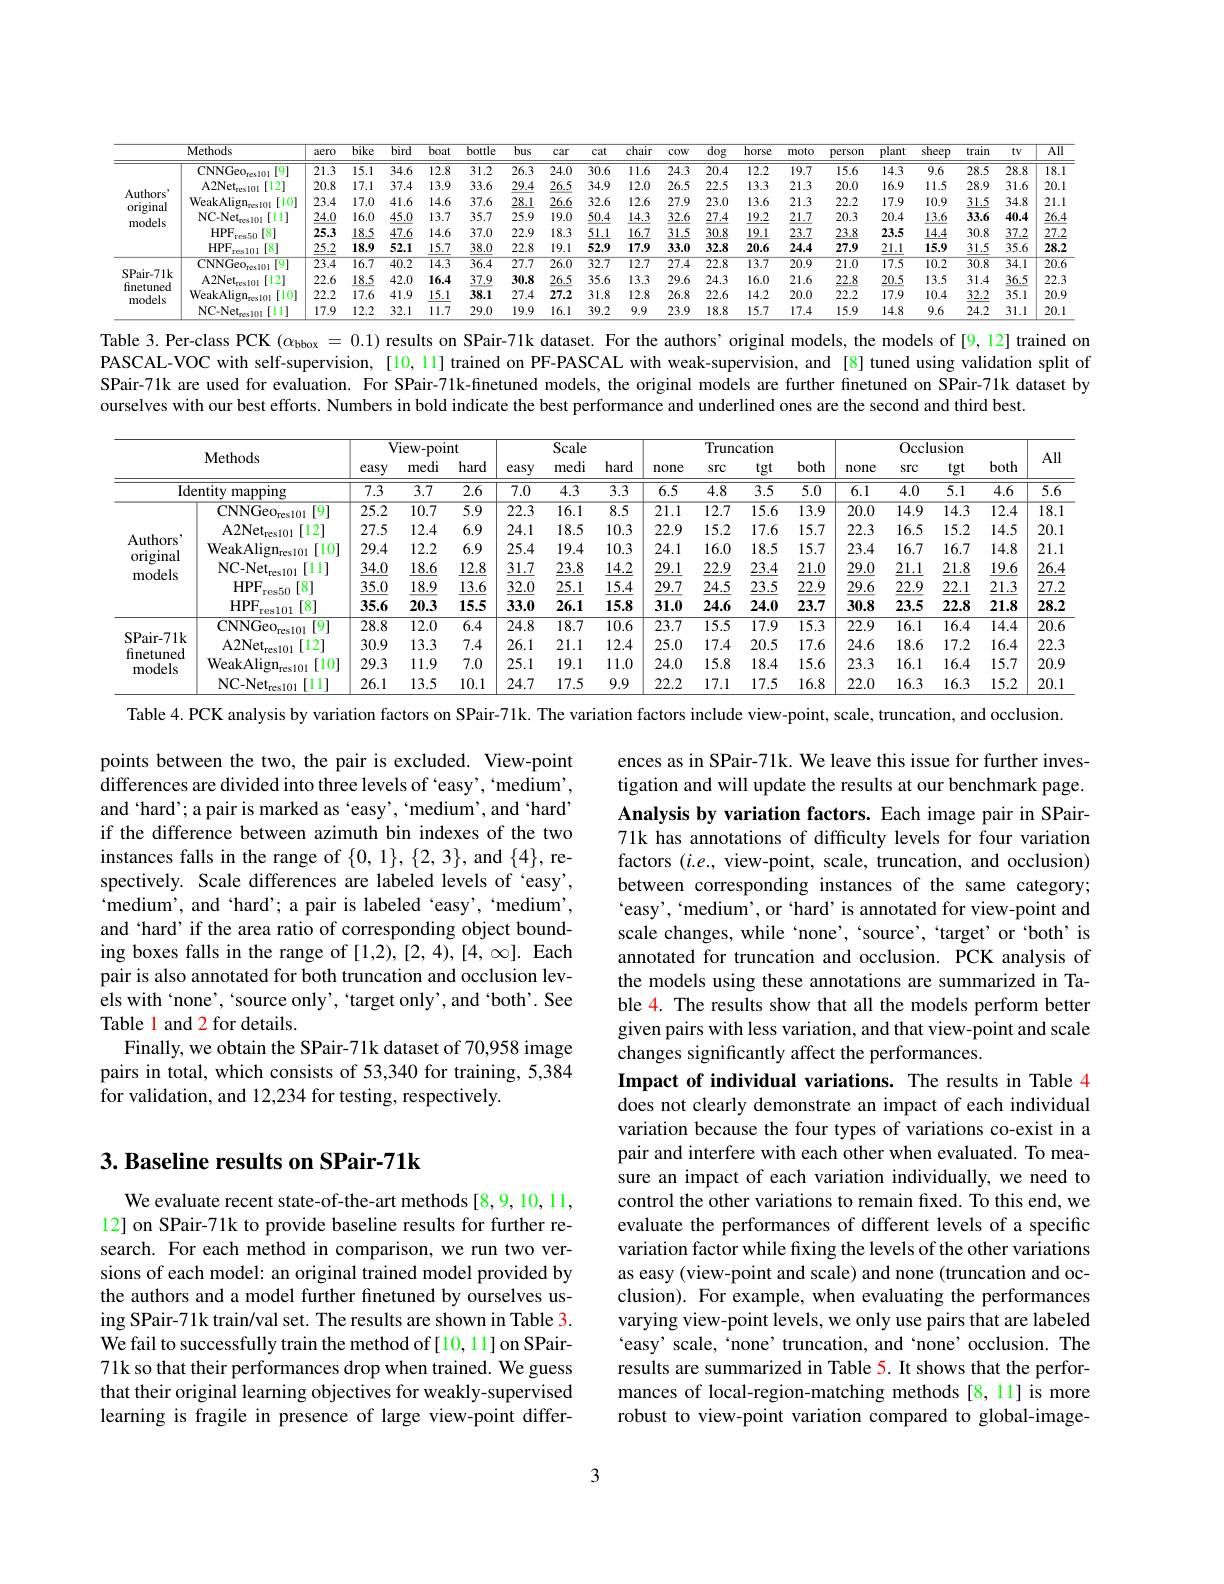
<table>
	<tbody>
		<tr>
			<th rowspan="1">Methods</th>
			<th>Methods</th>
			<th>aero</th>
			<th>$\overline{bike}$</th>
			<th>$\overline{\text{bird}}$</th>
			<th>boat $\overline{b}$</th>
			<th>$\overline{bu}$ $\overline{\mathrm{tle}}$</th>
			<th>$\overline{bus}$</th>
			<th>car</th>
			<th>cat</th>
			<th>cat</th>
			<th>$\overline{\text{chair}}$</th>
			<th>cow</th>
			<th>$\overline{\mathrm{dog}}$</th>
			<th>$\overline{\mathrm{ho}}$ $9g$</th>
			<th>yrse m</th>
			<th>$perso:$ 7</th>
			<th>plant</th>
			<th rowspan="2">shee $ıt$ 3 9.6</th>
			<th rowspan="2">train $p$ 28.5</th>
			<th>$tV$</th>
			<th>$\overline{AII}$</th>
		</tr>
		<tr>
			<th> </th>
			<th>CNNGeores [9] -111</th>
			<th>$\overline{21.3}$</th>
			<th>15.1</th>
			<th>34.6</th>
			<th>12.8</th>
			<th>.2 26.</th>
			<th>26.3</th>
			<th>24.0</th>
			<th>$\overline{30.6}$</th>
			<th>30.6</th>
			<th>11.6</th>
			<th>24.3</th>
			<th>20.4</th>
			<th>1.4 12</th>
			<th>2.2 14</th>
			<th>15.6</th>
			<th>14.3</th>
			<th>28.8</th>
			<th>$\overline{18.}$</th>
		</tr>
		<tr>
			<td> </td>
			<td>$\mathrm{A2Net}_{\mathrm{res}101}$ [12]</td>
			<td>20.8</td>
			<td>17.1</td>
			<td>37.4</td>
			<td>13.9</td>
			<td>.6 29</td>
			<td>29.4</td>
			<td>26.5</td>
			<td>34.9</td>
			<td>34.9</td>
			<td>12.0</td>
			<td>26.5</td>
			<td>22.5</td>
			<td>2..5 13</td>
			<td>3.3 2</td>
			<td>20.0</td>
			<td>16.9</td>
			<td>11.5</td>
			<td>28.9</td>
			<td>31.6</td>
			<td>20.</td>
		</tr>
		<tr>
			<td>I</td>
			<td>$\mathrm{WeakAlign}_{\mathrm{res}10\mathrm{L}}$ [10]</td>
			<td>23.4</td>
			<td>17.0</td>
			<td>41.6</td>
			<td>14.6</td>
			<td>.6 28</td>
			<td>28.1</td>
			<td>26.6</td>
			<td>32.6</td>
			<td>32.6</td>
			<td>12.6</td>
			<td>27.9</td>
			<td>23.0</td>
			<td>5.0 13</td>
			<td>3.6 2</td>
			<td>22.2</td>
			<td>17.9</td>
			<td>10.9</td>
			<td>31.5</td>
			<td>34.8</td>
			<td>21.</td>
		</tr>
		<tr>
			<td>-</td>
			<td>NC-Net$_\mathrm{res101}$ [11]</td>
			<td>24.0</td>
			<td>16.0</td>
			<td>45.0</td>
			<td>13.7</td>
			<td>.7 25.</td>
			<td>25.9</td>
			<td>19.0</td>
			<td>50.4</td>
			<td>50.4</td>
			<td>14.3</td>
			<td>32.6</td>
			<td>27.4</td>
			<td>$'.4$ 19</td>
			<td>9.2 2</td>
			<td>20.3</td>
			<td>20.4</td>
			<td>13.6</td>
			<td>33.6</td>
			<td>40.4</td>
			<td>26. 1</td>
		</tr>
		<tr>
			<td>THUUCA</td>
			<td>$HPF$ $r_{48}5m$</td>
			<td>25.3</td>
			<td>18.5</td>
			<td>47.6</td>
			<td>14.6</td>
			<td>22 .0</td>
			<td>22.9</td>
			<td>18.3</td>
			<td>51.1</td>
			<td>51.1</td>
			<td>16.7</td>
			<td>31.5</td>
			<td>30.8</td>
			<td>$\underline{1.8}$ 19</td>
			<td>2. 9.1</td>
			<td>23.8</td>
			<td>23.5</td>
			<td>14.4</td>
			<td>30.8</td>
			<td>37.2</td>
			<td>27..</td>
		</tr>
		<tr>
			<td> </td>
			<td>$HPF.$ [8] res101</td>
			<td>25.2</td>
			<td>18.9</td>
			<td>52.1</td>
			<td>15.7</td>
			<td>.0 22</td>
			<td>22.8</td>
			<td>19.1</td>
			<td>52.9</td>
			<td>52.9</td>
			<td>179</td>
			<td>33.0</td>
			<td>32.8</td>
			<td>2.8 20</td>
			<td>0.6 $2\mu$</td>
			<td>27.9</td>
			<td>21.1</td>
			<td>15.9</td>
			<td>31.5</td>
			<td>35.6</td>
			<td>28.2 </td>
		</tr>
		<tr>
			<td rowspan="4">SPair-71k finetuned models</td>
			<td>${\mathrm{CNNGeo}}_{\mathrm{res}101}$ [9]</td>
			<td>$\overline{23.4}$</td>
			<td>$\overline{16.7}$</td>
			<td>$\overline{40.2}$</td>
			<td>$\overline{14.3}$</td>
			<td>$.\overline{4}$ 27.</td>
			<td>27.7</td>
			<td>$\overline{26.0}$</td>
			<td>$\overline{32.7}$</td>
			<td>$\overline{32.7}$</td>
			<td>12.7</td>
			<td>$\overline{27.4}$</td>
			<td>22.8</td>
			<td>2.8 $\overline{13}$</td>
			<td>$\overline{3.7}$ $\overline{2(}$</td>
			<td>21.0</td>
			<td>$\overline{17.5}$</td>
			<td>$\overline{10.2}$</td>
			<td>$\overline{30.8}$</td>
			<td>$\overline{34.1}$</td>
			<td>$\overline{20.\epsilon}$</td>
		</tr>
		<tr>
			<td>A2Net$_\mathrm{resl0l}$ [12]</td>
			<td>22.6</td>
			<td>$\underline{18.5}$</td>
			<td>42.0</td>
			<td>16.4</td>
			<td>$\underline{9}$ 30.</td>
			<td>30.8</td>
			<td>$\underline{26.5}$</td>
			<td>35.6</td>
			<td>35.6</td>
			<td>13.3</td>
			<td>29.6</td>
			<td>24.3</td>
			<td>1.3 16</td>
			<td>6.0 2</td>
			<td>22.8</td>
			<td>$\underline{20.5}$</td>
			<td>13.5</td>
			<td>31.4</td>
			<td>$\underline{36.5}$</td>
			<td>22.</td>
		</tr>
		<tr>
			<td>WeakAlign$_\mathrm{res}$l01 [10]</td>
			<td>22.2</td>
			<td>17.6</td>
			<td>41.9</td>
			<td>15.1</td>
			<td>.1 27</td>
			<td>27.4</td>
			<td>27.2</td>
			<td>31.8</td>
			<td>31.8</td>
			<td>12.8</td>
			<td>26.8</td>
			<td>22.6</td>
			<td>2.6 14</td>
			<td>4.2 2(</td>
			<td>22.2</td>
			<td>17.9</td>
			<td>10.4</td>
			<td>32.2</td>
			<td>35.1</td>
			<td>20.</td>
		</tr>
		<tr>
			<td>NC-Net$_\mathrm{res101}$ 1[11]</td>
			<td>17.9</td>
			<td>12.2</td>
			<td>32.1</td>
			<td>11.7</td>
			<td>.0 19</td>
			<td>19.9</td>
			<td>16.1</td>
			<td>39.2</td>
			<td>39.2</td>
			<td>9.9</td>
			<td>23.9</td>
			<td>18.8</td>
			<td>3.8 15</td>
			<td>5.7 $1^{\prime}.$</td>
			<td>15.9</td>
			<td>14.8</td>
			<td>9.6</td>
			<td>24.2</td>
			<td>31.1</td>
			<td>20.</td>
		</tr>
	</tbody>
</table>

Table 3. Per-class PCK $(\alpha_{\mathrm{bbox}}=0.1)$ results on SPair-71k dataset. For the authors'original models, the models of [9,12] trained on PASCAL-VOC with self-supervision, [10,11] trained on PF-PASCAL with weak-supervision, and [8] tuned using validation split of SPair-71k are used for evaluation. For SPair-71k-finetuned models, the original models are further finetuned on SPair-71k dataset by ourselves with our best efforts. Numbers in bold indicate the best performance and underlined ones are the second and third best.

<table>
	<tbody>
		<tr>
			<th colspan="2"> </th>
			<th colspan="3">View- point</th>
			<th> </th>
			<th>Scale</th>
			<th> </th>
			<th colspan="4">Truncation</th>
			<th> </th>
			<th colspan="3">Occlusion</th>
			<th rowspan="2">All</th>
		</tr>
		<tr>
			<th colspan="2">Methods</th>
			<th>easy</th>
			<th>medi</th>
			<th>hard</th>
			<th>easy</th>
			<th rowspan="2">medi 4.3</th>
			<th>hard</th>
			<th>none</th>
			<th>src</th>
			<th>Src</th>
			<th>bot T</th>
			<th>none</th>
			<th>Src</th>
			<th>tgt</th>
			<th>both</th>
		</tr>
		<tr>
			<td colspan="2">Identity ${\mathrm{mapping}}$</td>
			<td>$\overline{7.3}$</td>
			<td>$\overline{3.7}$</td>
			<td>$\overline{2.6}$</td>
			<td>$\overline{7.0}$</td>
			<td>$\overline{3.3}$</td>
			<td>$\overline{6.5}$</td>
			<td>4.8</td>
			<td>$\overline{4.8}$</td>
			<td>5 $\overline{5.C}$</td>
			<td>6.1</td>
			<td>4.0</td>
			<td>$\overline{5.1}$</td>
			<td>$\overline{4.6}$</td>
			<td>$\overline{5.6}$</td>
		</tr>
		<tr>
			<td rowspan="6">Authors original models</td>
			<td>$\mathrm{CNNGeo}_{\mathrm{res101}}$ $\lceil9\rceil$</td>
			<td>$\overline{25.2}$</td>
			<td>10.7</td>
			<td>$\overline{5.9}$</td>
			<td>22.3</td>
			<td>$\overline{16.1}$</td>
			<td>8.5</td>
			<td>$\overline{21.1}$</td>
			<td>12.7</td>
			<td>$\overline{12.7}$</td>
			<td>$\overline{13.}$ 6</td>
			<td>20.0</td>
			<td>$\overline{14.9}$</td>
			<td>14.3</td>
			<td>12.4</td>
			<td>$\overline{18.1}$ $\frac{1}{2}=\frac{1}{2}=\frac{1}{2}$</td>
		</tr>
		<tr>
			<td>$\mathrm{A2Net}_{\mathrm{res101}}$ [12]</td>
			<td>27.5</td>
			<td>12.4</td>
			<td>6.9</td>
			<td>24.1</td>
			<td>18.5</td>
			<td>10.3</td>
			<td>22.9</td>
			<td>15.2</td>
			<td>15.2</td>
			<td>6 15.</td>
			<td>22.3</td>
			<td>16.5</td>
			<td>15.2</td>
			<td>14.5</td>
			<td>20.</td>
		</tr>
		<tr>
			<td>WeakAlign$_\mathrm{res101}$ [10]</td>
			<td>29.4</td>
			<td>12.2</td>
			<td>6.9</td>
			<td>25.4</td>
			<td>19.4</td>
			<td>10.3</td>
			<td>24.1</td>
			<td>16.0</td>
			<td>16.0</td>
			<td>5 15.</td>
			<td>23.4</td>
			<td>16.7</td>
			<td>16.7</td>
			<td>14.8</td>
			<td>21.</td>
		</tr>
		<tr>
			<td>$\mathrm{NC-Net}_{\mathrm{res}}$ [11] $r10$</td>
			<td>34.0</td>
			<td>18.6</td>
			<td>12.8</td>
			<td>31.7</td>
			<td>23.8</td>
			<td>14.2</td>
			<td>29.1</td>
			<td>22.9</td>
			<td>22.9</td>
			<td>21. 4</td>
			<td>29.0</td>
			<td>21.1</td>
			<td>21.8</td>
			<td>19.6</td>
			<td>26.</td>
		</tr>
		<tr>
			<td>$HPF$ [8 es50</td>
			<td>35.0</td>
			<td>18.9</td>
			<td>13.6</td>
			<td>32.0</td>
			<td>25.1</td>
			<td>15.4</td>
			<td>29.7</td>
			<td>24.5</td>
			<td>24.5</td>
			<td>5 22.</td>
			<td>29.6</td>
			<td>22.9</td>
			<td>22.1</td>
			<td>21.3</td>
			<td>27. 19</td>
		</tr>
		<tr>
			<td>$HPF$ [8 PS101</td>
			<td>35.6</td>
			<td>20.3</td>
			<td>15.5</td>
			<td>33.0</td>
			<td>26.1</td>
			<td>15.8</td>
			<td>31.0</td>
			<td>24.6</td>
			<td>24.6</td>
			<td>23. 0</td>
			<td>30.8</td>
			<td>23.5</td>
			<td>22.8</td>
			<td>21.8</td>
			<td>$28.i$</td>
		</tr>
		<tr>
			<td rowspan="4">SPair- 71k finetuned models</td>
			<td>$\mathrm{CNNGeo}_{\mathrm{res101}}$ $\lceil9\rceil$</td>
			<td>$\overline{28.8}$</td>
			<td>$\overline{12.0}$</td>
			<td>$\overline{6.4}$</td>
			<td>$\overline{24.8}$</td>
			<td>18.7</td>
			<td>$\overline{10.6}$</td>
			<td>23.7</td>
			<td>15.5</td>
			<td>$\overline{15.5}$</td>
			<td>9 $\overline{15.}$</td>
			<td>22.9</td>
			<td>$\overline{16.1}$</td>
			<td>16.4</td>
			<td>14.4</td>
			<td>$\overline{20.\epsilon}$</td>
		</tr>
		<tr>
			<td>$\mathrm{A2Net}_{\mathrm{res101}}$ [12]</td>
			<td>30.9</td>
			<td>13.3</td>
			<td>7.4</td>
			<td>26.1</td>
			<td>21.1</td>
			<td>12.4</td>
			<td>25.0</td>
			<td>17.4</td>
			<td>17.4</td>
			<td>5 17.</td>
			<td>24.6</td>
			<td>18.6</td>
			<td>17.2</td>
			<td>16.4</td>
			<td>22.</td>
		</tr>
		<tr>
			<td>$\mathrm{WeakAlign}_{\mathrm{res101}}$ [10]</td>
			<td>29.3</td>
			<td>11.9</td>
			<td>7.0</td>
			<td>25.1</td>
			<td>19.1</td>
			<td>11.0</td>
			<td>24.0</td>
			<td>15.8</td>
			<td>15.8</td>
			<td>4 15.</td>
			<td>23.3</td>
			<td>16.1</td>
			<td>16.4</td>
			<td>15.7</td>
			<td>20.6</td>
		</tr>
		<tr>
			<td>NC-Net$_{\mathrm{res}101}$ [11]</td>
			<td>26.1</td>
			<td>13.5</td>
			<td>10.1</td>
			<td>24.7</td>
			<td>17.5</td>
			<td>9.9</td>
			<td>22.2</td>
			<td>17.1</td>
			<td>17.1</td>
			<td>5 16.</td>
			<td>22.0</td>
			<td>16.3</td>
			<td>16.3</td>
			<td>15.2</td>
			<td>20.</td>
		</tr>
	</tbody>
</table>

Table 4. PCK analysis by variation factors on SPair-71k. The variation factors include view-point, scale, truncation, and occlusion.

points between the two, the pair is excluded. View-point differences are divided into three levels of 'easy', 'medium', and ‘hard’, a pair is marked as 'easy', 'medium', and ‘hard’ if the difference between azimuth bin indexes of the two instances falls in the range of $\{0,1\},\{2,3\}$, and $\{4\}$, respectively. Scale differences are labeled levels of `easy', $`$medium', and ‘hard’ a pair is labeled‘easy’,‘medium’, and ‘hard’ if the area ratio of corresponding object bounding boxes falls in the range of $[1,2),[2,4),[4,\infty].$ Each pair is also annotated for both truncation and occlusion levels with‘none’,‘source only’,“target only’, and‘both’. See Table 1 and 2 for details.
Finally, we obtain the SPair-71k dataset of 70,958 image pairs in total, which consists of 53,340 for training, 5,384 for validation, and 12,234 for testing, respectively.

ences as in SPair-71k. We leave this issue for further investigation and will update the results at our benchmark page. Analysis by variation factors. Each image pair in SPair- 71k has annotations of difficulty levels for four variation factors $(i.e.$, view-point, scale, truncation, and occlusion) between corresponding instances of the same category; `easy',“medium’, or‘hard’ is annotated for view-point and scale changes, while‘none’,‘source’,“target’or‘both’is annotated for truncation and occlusion. PCK analysis of the models using these annotations are summarized in Table 4. The results show that all the models perform better given pairs with less variation, and that view-point and scale changes significantly affect the performances.
Impact of individual variations. The results in Table 4 does not clearly demonstrate an impact of each individual variation because the four types of variations co-exist in a pair and interfere with each other when evaluated. To measure an impact of each variation individually, we need to control the other variations to remain fixed. To this end, we evaluate the performances of different levels of a specific variation factor while fixing the levels of the other variations as easy (view-point and scale) and none (truncation and occlusion). For example, when evaluating the performances varying view-point levels, we only use pairs that are labeled 'easy' scale, 'none' truncation, and‘none’occlusion. The results are summarized in Table 5. It shows that the performances of local-region-matching methods [8,11] is more robust to view-point variation compared to global-image-

## 3. Baseline results on SPair-71k

We evaluate recent state-of-the-art methods [8,9,10,11, 12] on SPair-71k to provide baseline results for further research. For each method in comparison, we run two versions of each model: an original trained model provided by the authors and a model further finetuned by ourselves using SPair-71k train/val set. The results are shown in Table 3. We fail to successfully train the method of [10,11] on SPair- 71k so that their performances drop when trained. We guess that their original learning objectives for weakly-supervised learning is fragile in presence of large view-point differ-

3